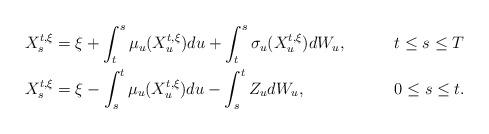
LaTeX: \begin{align*} X^{t,\xi}_s &=\xi+\int_{t}^{s} \mu_u(X^{t,\xi}_u)du + \int_{t}^{s} \sigma_u(X^{t,\xi}_u)dW_u,&& t\leq s\leq T \\ X_s^{t,\xi}&=\xi-\int_s^t \mu_u(X^{t,\xi}_u)du-\int_{s}^t Z_u dW_u,&& 0\leq s\leq t.\end{align*}